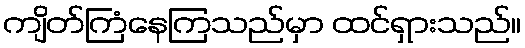
ကျိတ်ကြံနေကြသည်မှာ ထင်ရှားသည်။